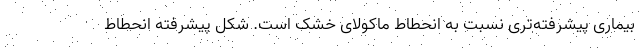
بیماری پیشرفته‌تری نسبت به انحطاط ماکولای خشک است. شکل پیشرفته انحطاط